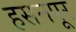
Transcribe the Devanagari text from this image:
हसनपूर